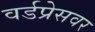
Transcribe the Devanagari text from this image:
वर्डप्रेसवर